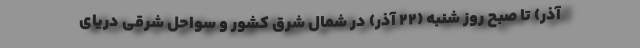
آذر) تا صبح روز شنبه (۲۲ آذر) در شمال شرق کشور و سواحل شرقی دریای